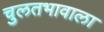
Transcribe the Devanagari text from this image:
चुलतभावाला